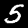
Label: 5